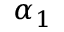
\alpha _ { 1 }